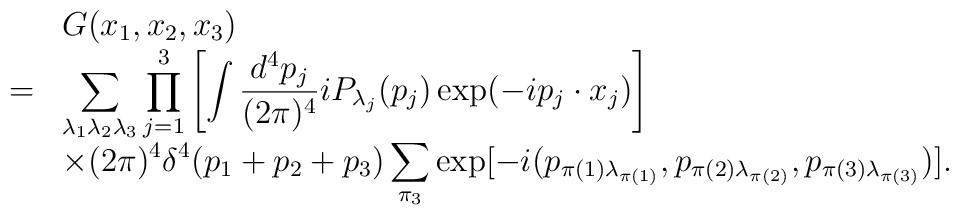
\begin{array}{rl}&G(x_1,x_2,x_3)\\=&\displaystyle \sum_{\lambda_1\lambda_2\lambda_3}\prod_{j=1}^3\left[\int \frac{d^4p_j}{(2\pi)^4}iP_{\lambda_j}(p_j)\exp(-ip_j\cdot x_j)\right]\\&\displaystyle\times(2\pi)^4\delta^4(p_1+p_2+p_3)\sum_{\pi_3}\exp[-i(p_{\pi(1)\lambda_{\pi(1)}},p_{\pi(2)\lambda_{\pi(2)}},p_{\pi(3)\lambda_{\pi(3)}})]. \end{array}